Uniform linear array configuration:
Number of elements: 12
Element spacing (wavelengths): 1
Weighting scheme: uniform
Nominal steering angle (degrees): -15
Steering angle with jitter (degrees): -14.615
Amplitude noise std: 0.05
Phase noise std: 0.05

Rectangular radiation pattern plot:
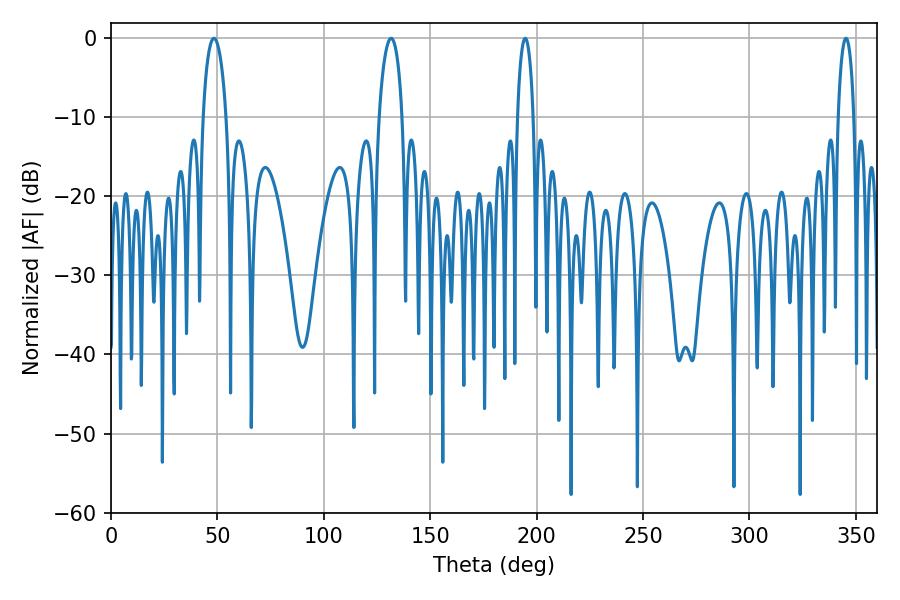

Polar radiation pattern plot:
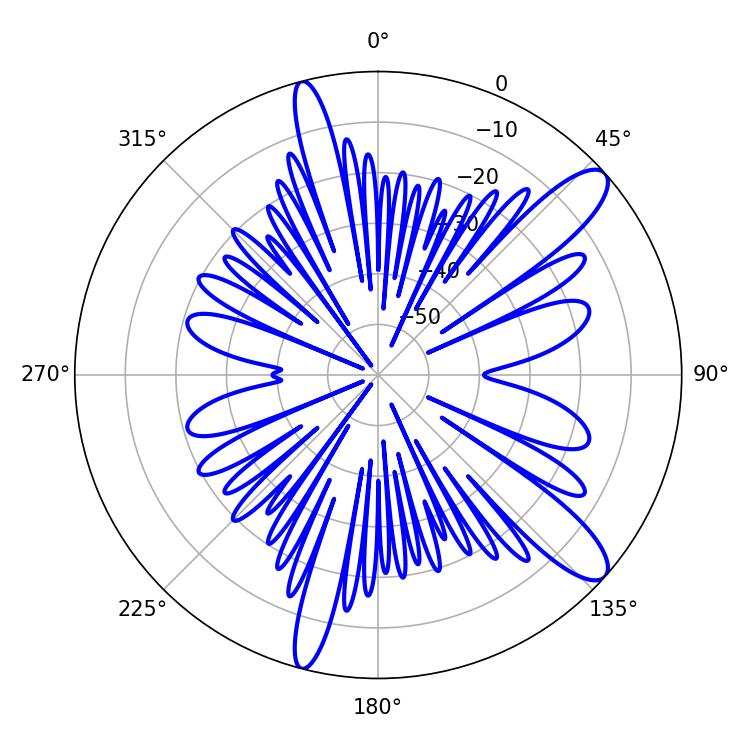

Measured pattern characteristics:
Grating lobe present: TRUE
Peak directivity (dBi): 11.507
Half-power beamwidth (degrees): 6.3
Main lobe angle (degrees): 48.42